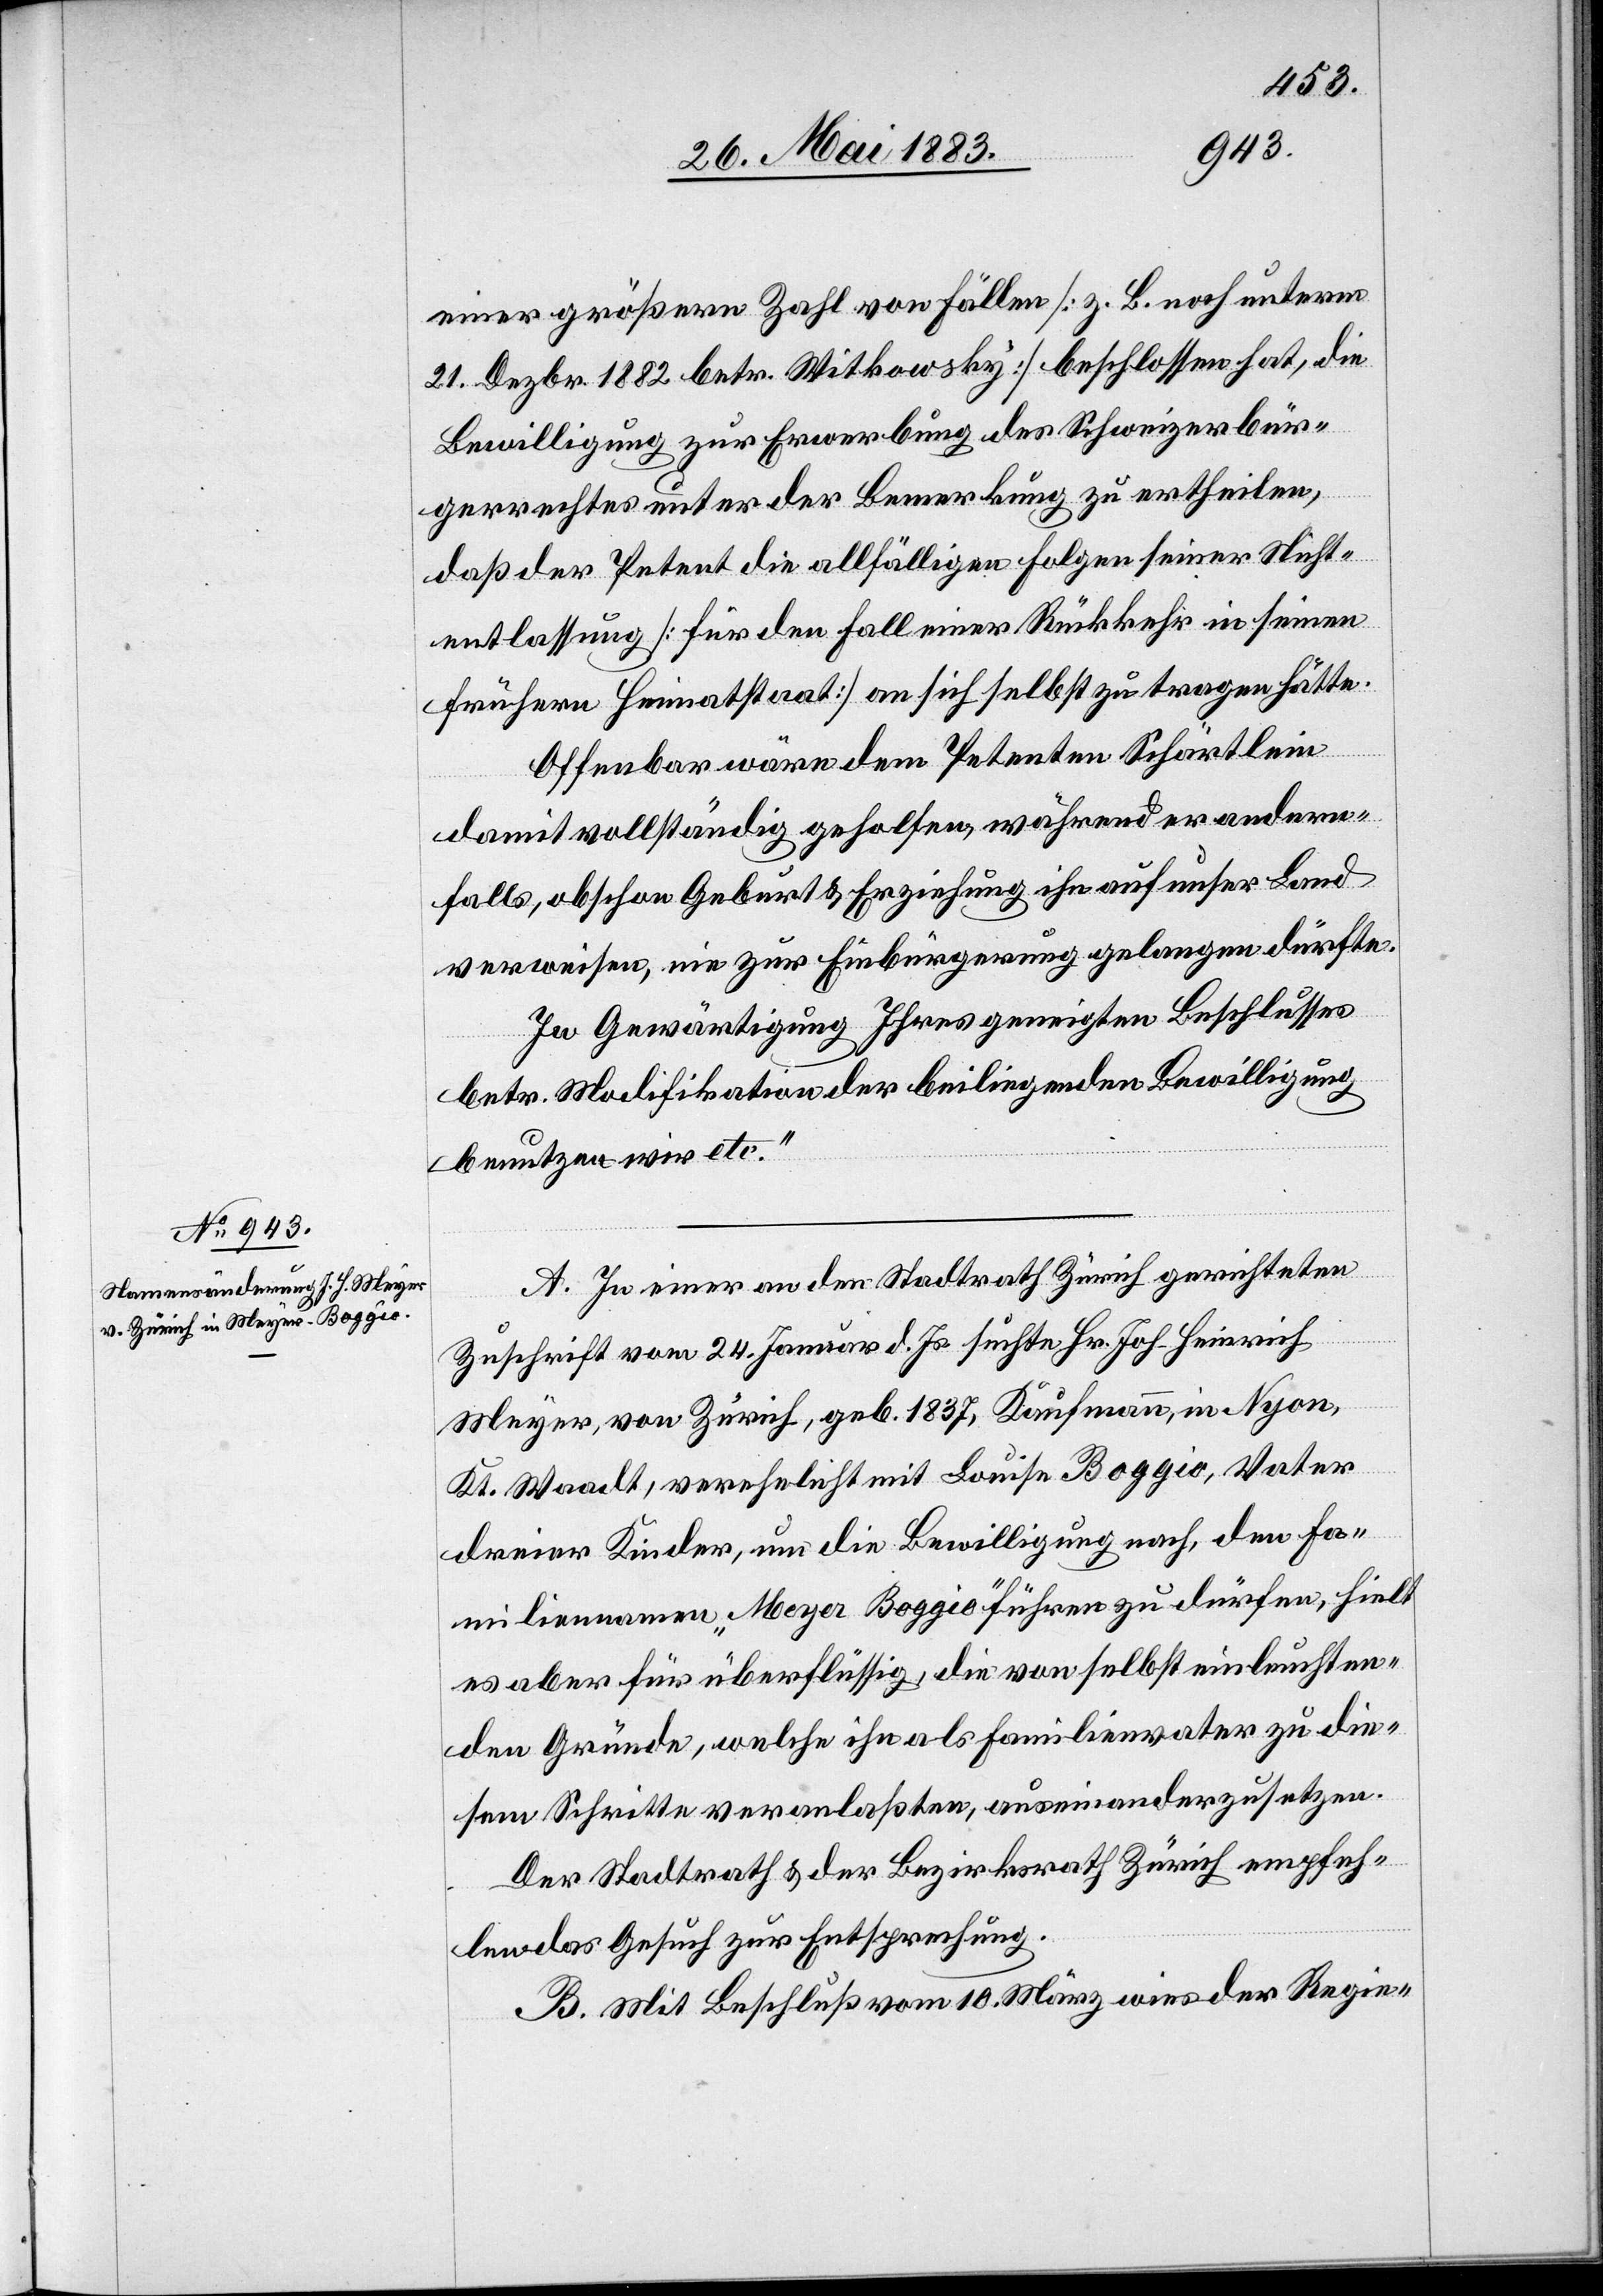
einer größeren Zahl von Fällen [z. B. noch unterm
21. Dezbr. 1882 betr. Witkowsky] beschlossen hat, die
Bewilligung zur Erwerbung des Schweizerbür¬
gerrechtes unter der Bemerkung zu ertheilen,
daß der Petent die allfälligen Folgen seiner Nicht¬
entlassung [für den Fall einer Rückkehr in seinen
frühern Heimatstaat] an sich selbst zu tragen hätte.
Offenbar wäre dem Petenten Schärtlein
damit vollständig geholfen, während er andern¬
falls, obschon Geburt & Erziehung ihn auf unser Land
verweisen, nie zur Einbürgerung gelangen dürfte.
In Gewärtigung Ihres geneigten Beschlusses
betr. Modifikation der beiliegenden Bewilligung
benutzen wir etc.“
A. In einer an den Stadtrath Zürich gerichteten
Zuschrift vom 24. Januar d. Js. suchte Hr. Joh. Heinrich
Meyer, von Zürich, geb. 1837, Kaufmann, in Nyon,
Kt. Waadt, verehelicht mit Louise Boggio, Vater
dreier Kinder, um die Bewilligung nach, den Fa¬
miliennamen „Meyer Boggio“ führen zu dürfen, hielt
es aber für überflüssig, die von selbst einleuchten¬
den Gründe, welche ihn als Familienvater zu die¬
sem Schritte veranlassten, auseinanderzusetzen.
Der Stadtrath & der Bezirksrath Zürich empfeh¬
len das Gesuch zur Entsprechung.
B. Mit Beschluß vom 10. März wies der Regie-